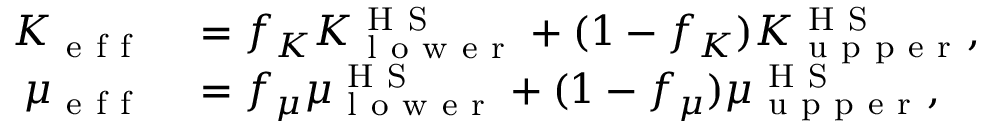
\begin{array} { r l } { K _ { \mathrm { ~ e ~ f ~ f ~ } } } & { { } = f _ { K } K _ { \mathrm { ~ l ~ o ~ w ~ e ~ r ~ } } ^ { \mathrm { ~ H ~ S ~ } } + ( 1 - f _ { K } ) K _ { \mathrm { ~ u ~ p ~ p ~ e ~ r ~ } } ^ { \mathrm { ~ H ~ S ~ } } , } \\ { \mu _ { \mathrm { ~ e ~ f ~ f ~ } } } & { { } = f _ { \mu } \mu _ { \mathrm { ~ l ~ o ~ w ~ e ~ r ~ } } ^ { \mathrm { ~ H ~ S ~ } } + ( 1 - f _ { \mu } ) \mu _ { \mathrm { ~ u ~ p ~ p ~ e ~ r ~ } } ^ { \mathrm { ~ H ~ S ~ } } , } \end{array}